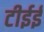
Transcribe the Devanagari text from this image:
टीईई